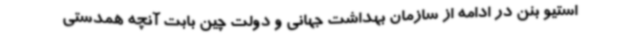
استیو بنن در ادامه از سازمان بهداشت جهانی و دولت چین بابت آنچه همدستی